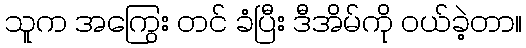
သူက အကြွေး တင် ခံပြီး ဒီအိမ်ကို ဝယ်ခဲ့တာ။